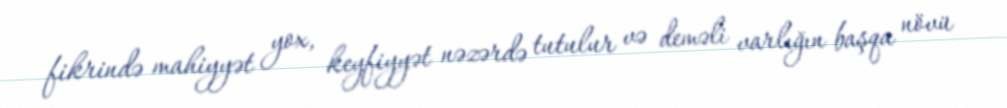
fikrində mahiyyət yox, keyfiyyət nəzərdə tutulur və deməli varlığın başqa növü